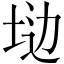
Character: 𱖩